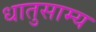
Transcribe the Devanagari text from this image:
धातुसाम्य